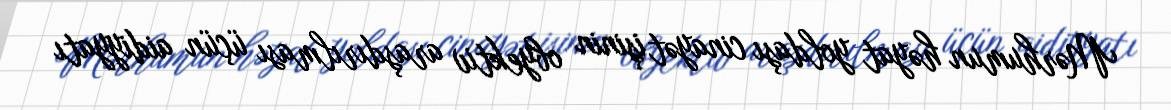
Mərhumun həyat yoldaşı cinayət işinin obyektiv araşdırılması üçün aidiyyatı